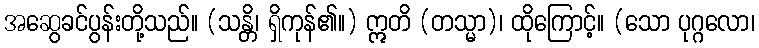
အဆွေခင်ပွန်းတို့သည်။ (သန္တိ၊ ရှိကုန်၏။) ဣတိ (တသ္မာ)၊ ထိုကြောင့်။ (သော ပုဂ္ဂလော၊